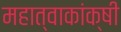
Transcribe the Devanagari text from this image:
महात्वाकांक्षी